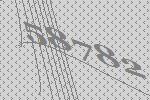
58782